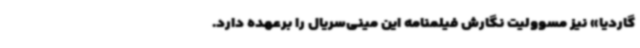
گاردیا» نیز مسوولیت نگارش فیلمنامه این مینی‌سریال را برعهده دارد.